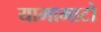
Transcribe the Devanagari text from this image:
यामामाटो